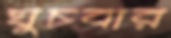
ঘুচবার